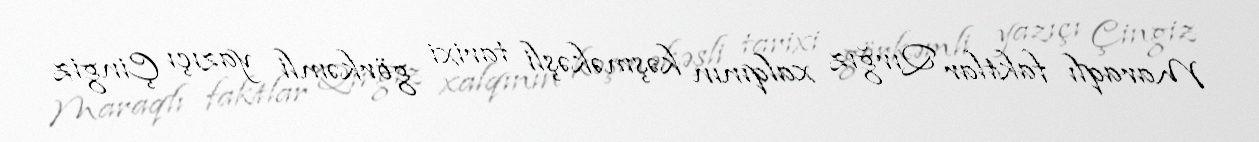
Maraqlı faktlar Qırğız xalqının kəşməkəşli tarixi görkəmli yazıçı Çingiz